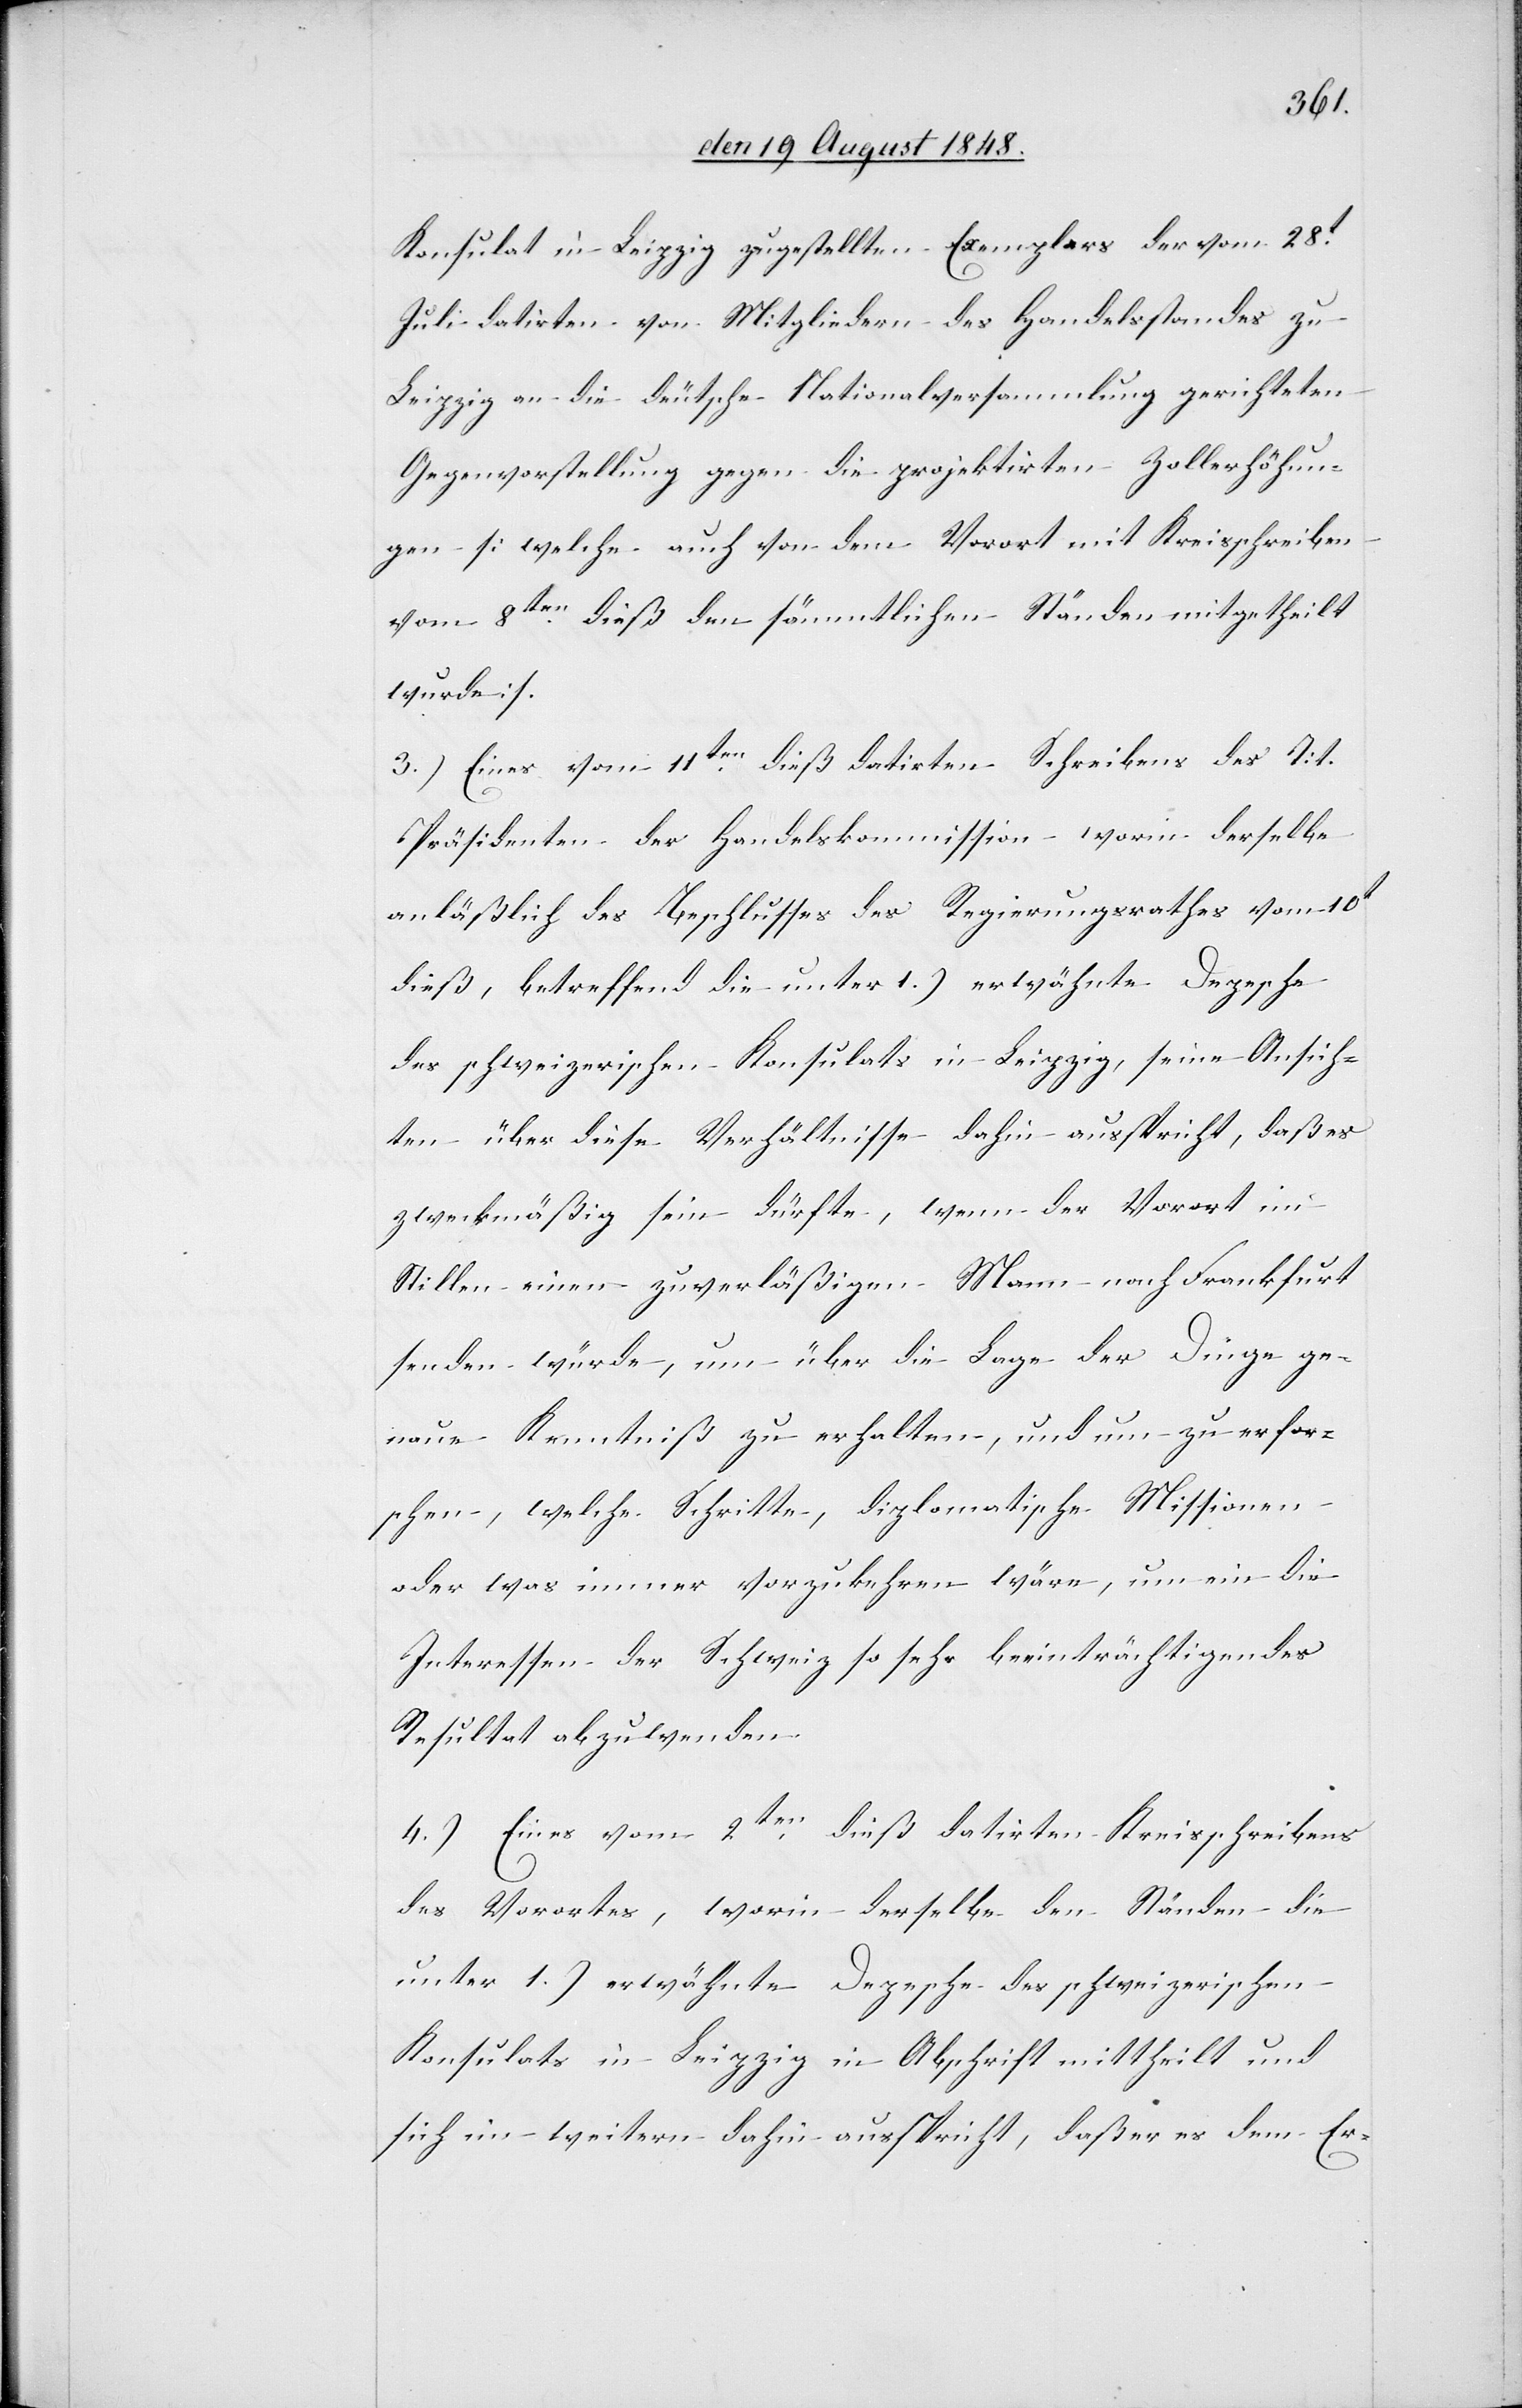
Konsulat in Leipzig zugestellten Exemplars der vom 28t
Juli datirten von Mitgliedern des Handelsstandes zu
Leipzig an die deutsche Nationalversammlung gerichteten
Gegenvorstellung gegen die projektirten Zollerhöhun¬
gen [welche auch von dem Vorort mit Kreisschreiben
vom 8ten dieß den sämmtlichen Ständen mitgetheilt
wurde].
3.) Eines vom 11ten dieß datirten Schreibens des Tit.
Präsidenten der Handelskommission worin derselbe
anläßlich des Beschlusses des Regierungsrathes vom 10t
dieß, betreffend die unter 1.) erwähnte Depesche
des schweizerischen Konsulats in Leipzig, seine Ansich¬
ten über diese Verhältnisse dahin ausspricht, daß es
zweckmäßig sein dürfte, wenn der Vorort im
Stillen einen zuverläßigen Mann nach Frankfurt
senden würde, um über die Lage der Dinge ge¬
naue Kenntniß zu erhalten, und um zu erfor¬
schen, welche Schritte, diplomatische Missionen
oder was immer vorzukehren wäre, um ein die
Interessen der Schweiz so sehr beeinträchtigendes
Resultat abzuwenden.
4.) Eines vom 2tendieß datirten Kreisschreibens
des Vorortes, worin derselbe den Ständen die
unter 1.) erwähnte Depesche des schweizerischen
Konsulats in Leipzig in Abschrift mittheilt und
sich im weitern dahin ausspricht, daß er es dem Er-